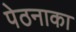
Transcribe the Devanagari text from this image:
पेठनाका